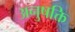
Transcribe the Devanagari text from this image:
अनुषक्ति